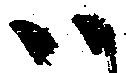
ハ